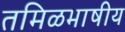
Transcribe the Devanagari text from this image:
तमिळभाषीय